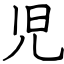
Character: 児